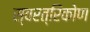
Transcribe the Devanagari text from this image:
स्वरत्रिकोण